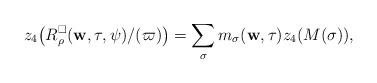
LaTeX: \begin{align*}z_4\big(R_{\rho}^{\square}(\mathbf{w},\tau,\psi)/(\varpi)\big)=\sum_{\sigma}m_{\sigma}(\mathbf{w},\tau)z_4(M(\sigma)),\end{align*}